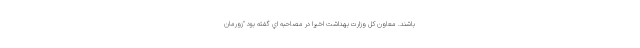
باشند. معاون کل وزارت بهداشت اخيرا در مصاحبه اي گفته بود "زورمان